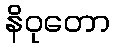
နိဝုတော